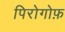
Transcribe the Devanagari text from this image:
पिरोगोफ़